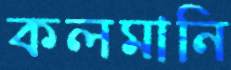
কলমানি